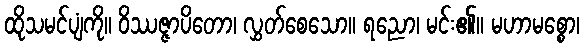
ထိုသမင်ပျံကို။ ဝိဿဇ္ဇာပိတော၊ လွှတ်စေသော။ ရညော၊ မင်း၏။ မဟာမစ္စော၊